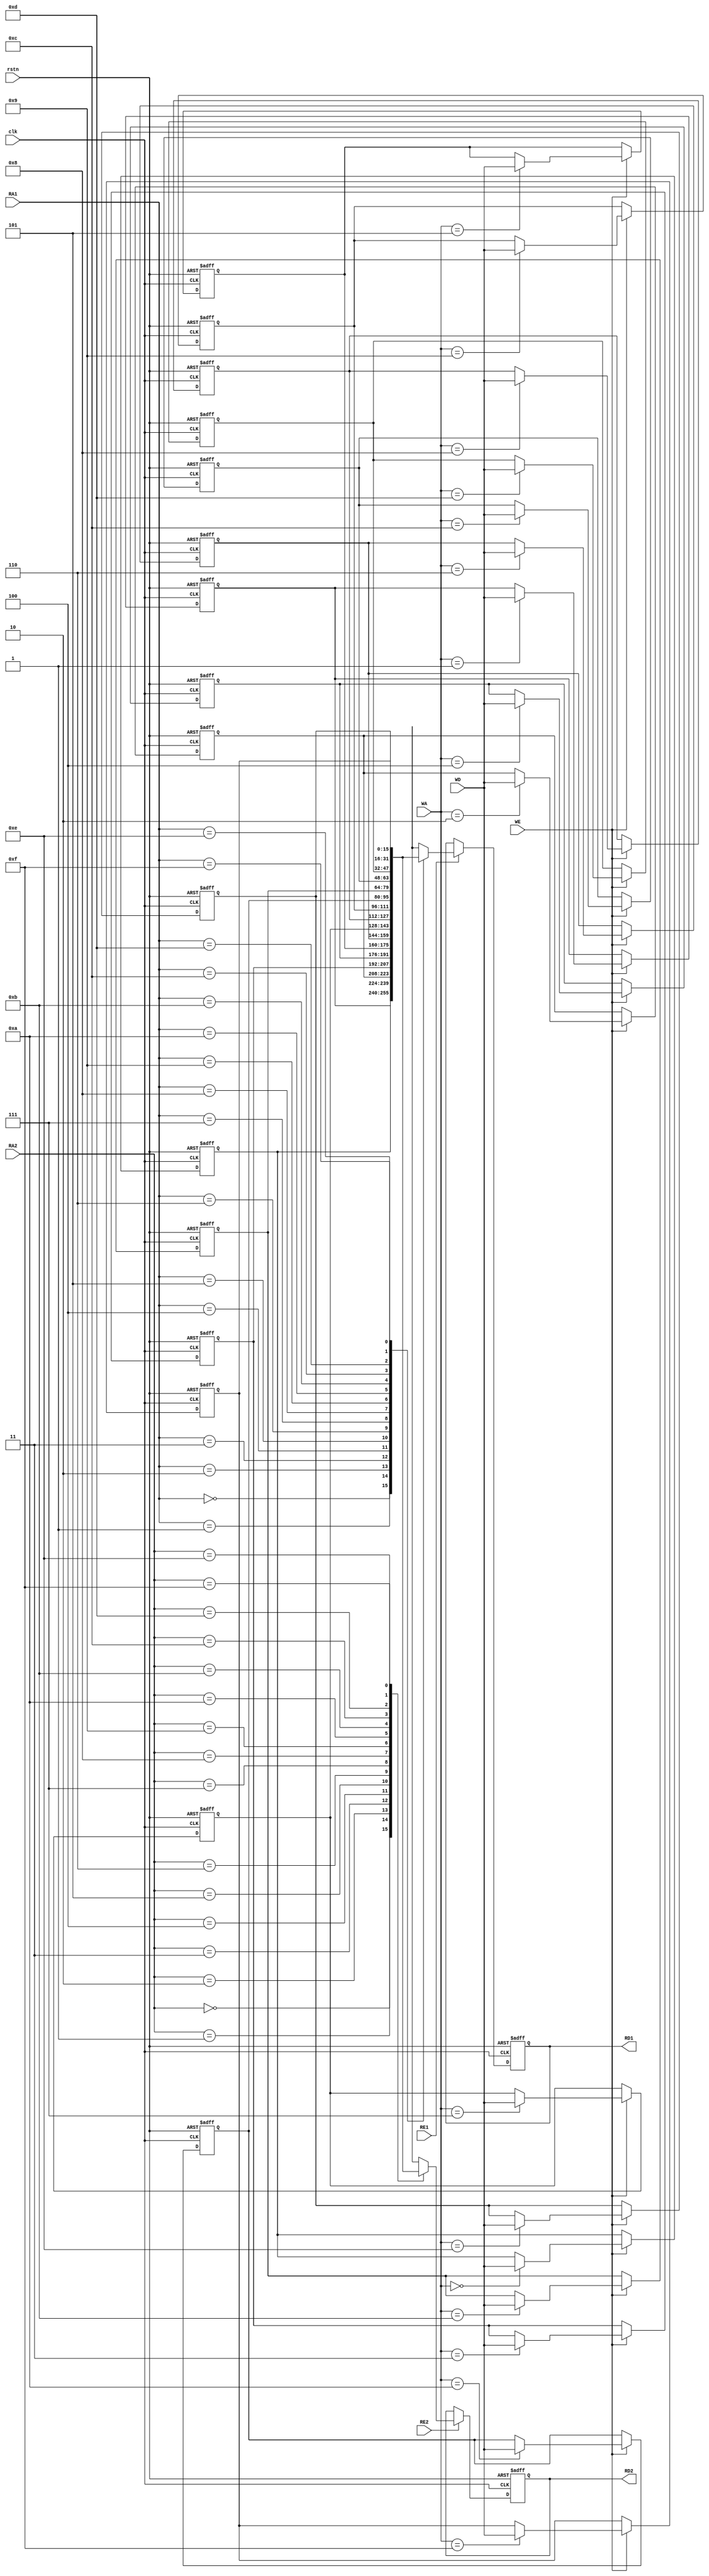
module reg_file #(parameter BITS = 16, DEPTH = 16, ADDR = 4) (
    input clk, rstn, WE, RE1, RE2,
    input [BITS - 1 : 0] WD,
    input [ADDR - 1 : 0] WA, RA1, RA2,
    output reg [BITS - 1 : 0] RD1, RD2
);
    reg [BITS - 1 : 0] file [0 : DEPTH - 1];
    
    // Write
    integer i;
    always @(posedge clk, negedge rstn) begin
        if (!rstn)
            for (i = 0; i < DEPTH; i = i + 1)
                file [i] <= 0;
        else if (WE)
            file[WA] <= WD;
    end

    // Read
    always @(posedge clk, negedge rstn) begin
        if (!rstn) begin
            RD1 <= 0;
            RD2 <= 0;
        end
        else begin
            if (RE1)
                RD1 <= file[RA1];
            if (RE2)
                RD2 <= file[RA2];
        end
    end
endmodule